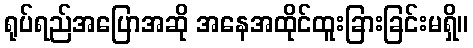
ရုပ်ရည်အပြောအဆို အနေအထိုင်ထူးခြားခြင်းမရှိ။